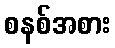
စနစ်အစား